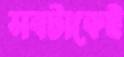
সবটাকেই